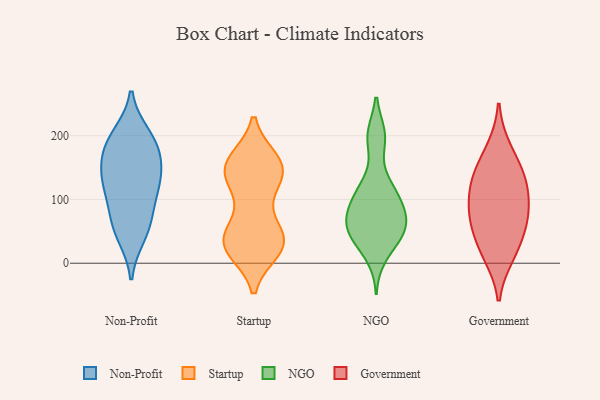
{"axis": {"x": "Net Income (USD K)", "y": "Value"}, "legend": ["Government", "NGO", "Non-Profit", "Startup"], "data": [{"x": "", "y": 199, "type": "Non-Profit"}, {"x": "", "y": 188, "type": "Non-Profit"}, {"x": "", "y": 45, "type": "Non-Profit"}, {"x": "", "y": 120, "type": "Non-Profit"}, {"x": "", "y": 68, "type": "Non-Profit"}, {"x": "", "y": 136, "type": "Non-Profit"}, {"x": "", "y": 115, "type": "Non-Profit"}, {"x": "", "y": 62, "type": "Non-Profit"}, {"x": "", "y": 168, "type": "Non-Profit"}, {"x": "", "y": 137, "type": "Non-Profit"}, {"x": "", "y": 185, "type": "Non-Profit"}, {"x": "", "y": 119, "type": "Startup"}, {"x": "", "y": 26, "type": "Startup"}, {"x": "", "y": 44, "type": "Startup"}, {"x": "", "y": 153, "type": "Startup"}, {"x": "", "y": 134, "type": "Startup"}, {"x": "", "y": 146, "type": "Startup"}, {"x": "", "y": 40, "type": "Startup"}, {"x": "", "y": 46, "type": "Startup"}, {"x": "", "y": 29, "type": "Startup"}, {"x": "", "y": 142, "type": "Startup"}, {"x": "", "y": 89, "type": "Startup"}, {"x": "", "y": 21, "type": "Startup"}, {"x": "", "y": 30, "type": "Startup"}, {"x": "", "y": 161, "type": "Startup"}, {"x": "", "y": 23, "type": "Startup"}, {"x": "", "y": 36, "type": "Startup"}, {"x": "", "y": 161, "type": "Startup"}, {"x": "", "y": 155, "type": "Startup"}, {"x": "", "y": 147, "type": "Startup"}, {"x": "", "y": 200, "type": "NGO"}, {"x": "", "y": 60, "type": "NGO"}, {"x": "", "y": 106, "type": "NGO"}, {"x": "", "y": 55, "type": "NGO"}, {"x": "", "y": 120, "type": "NGO"}, {"x": "", "y": 48, "type": "NGO"}, {"x": "", "y": 31, "type": "NGO"}, {"x": "", "y": 42, "type": "NGO"}, {"x": "", "y": 82, "type": "NGO"}, {"x": "", "y": 115, "type": "NGO"}, {"x": "", "y": 75, "type": "NGO"}, {"x": "", "y": 58, "type": "NGO"}, {"x": "", "y": 119, "type": "NGO"}, {"x": "", "y": 46, "type": "NGO"}, {"x": "", "y": 196, "type": "NGO"}, {"x": "", "y": 82, "type": "NGO"}, {"x": "", "y": 86, "type": "NGO"}, {"x": "", "y": 11, "type": "NGO"}, {"x": "", "y": 200, "type": "NGO"}, {"x": "", "y": 23, "type": "Government"}, {"x": "", "y": 97, "type": "Government"}, {"x": "", "y": 77, "type": "Government"}, {"x": "", "y": 179, "type": "Government"}, {"x": "", "y": 13, "type": "Government"}, {"x": "", "y": 72, "type": "Government"}, {"x": "", "y": 144, "type": "Government"}, {"x": "", "y": 127, "type": "Government"}, {"x": "", "y": 57, "type": "Government"}, {"x": "", "y": 129, "type": "Government"}]}